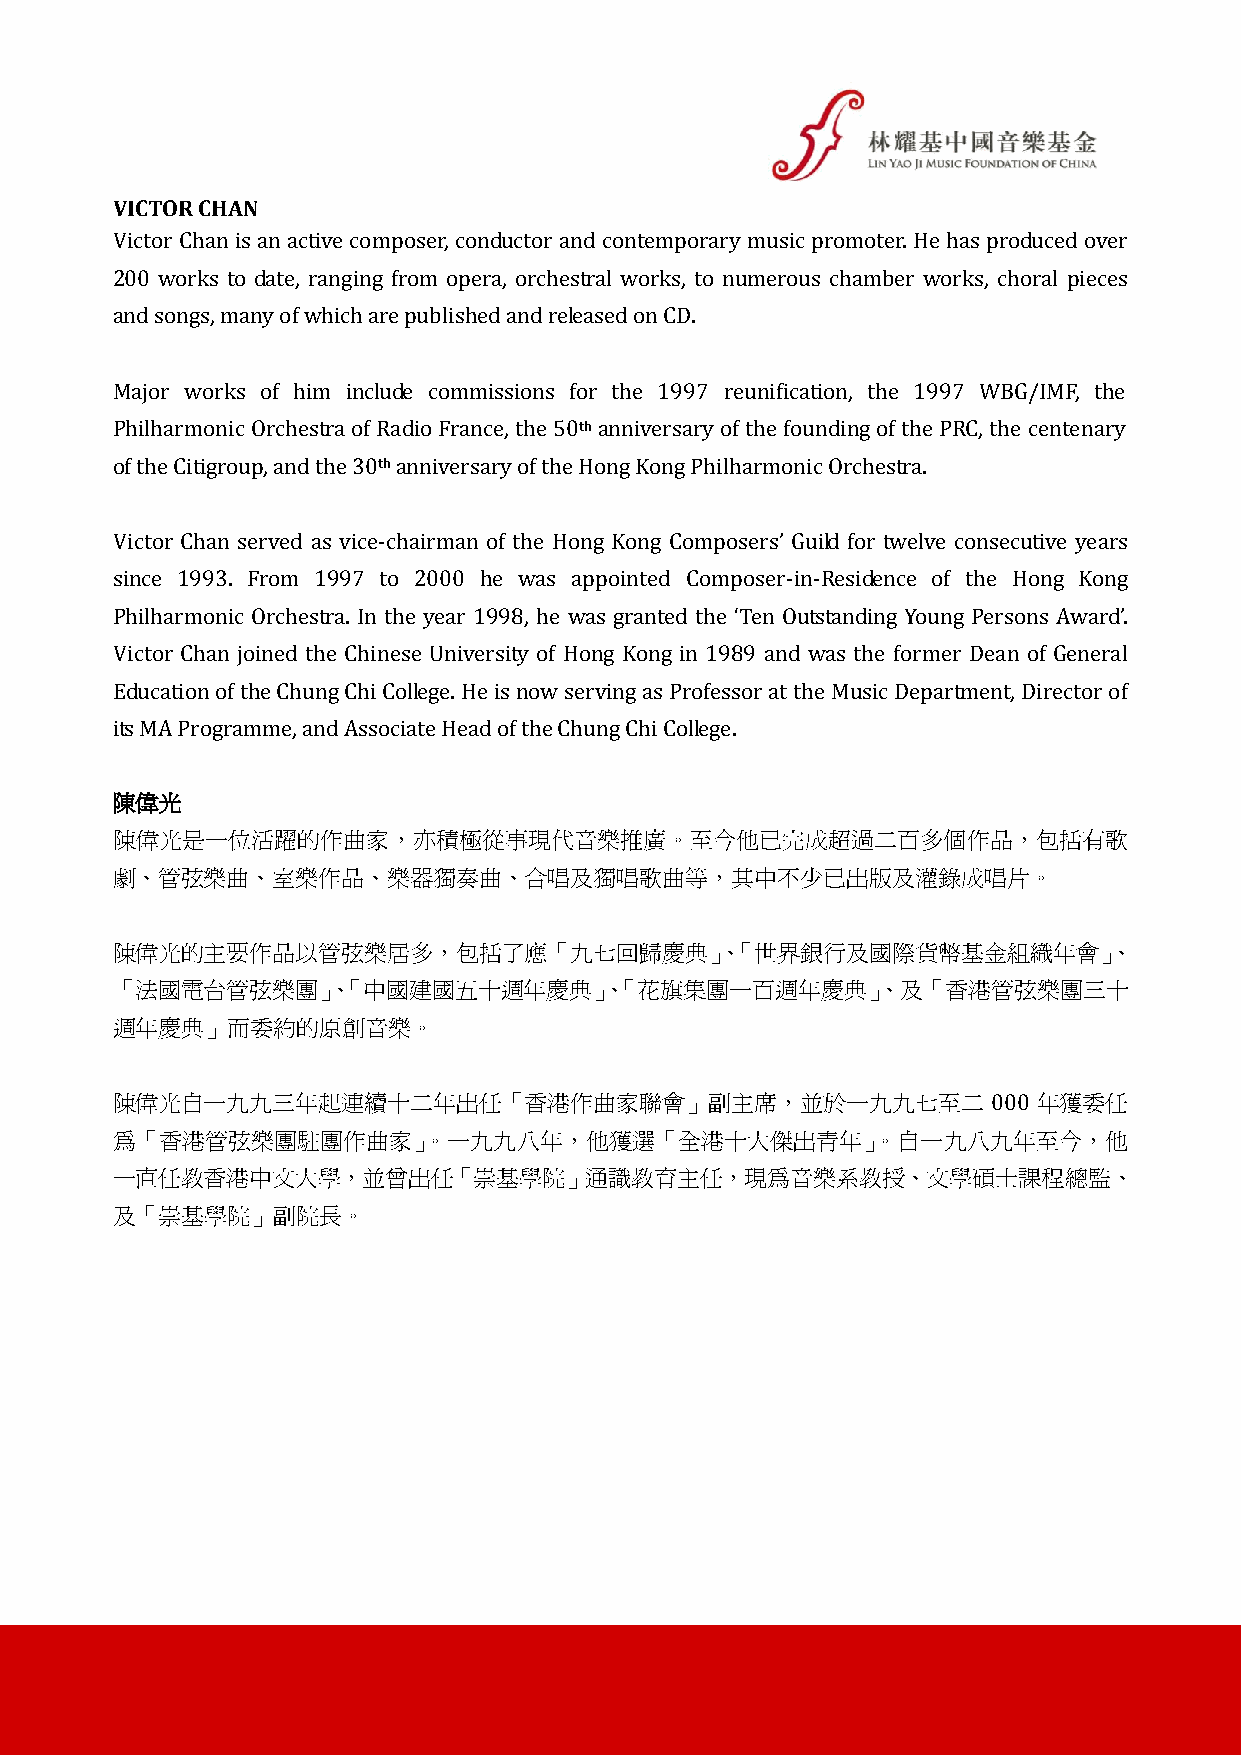
VICTOR CHAN
 Victor Chan is an active composer, conductor and contemporary music promoter. He has produced over
 200 works to date, ranging from opera, orchestral works, to numerous chamber works, choral pieces
 and songs, many of which are published and released on CD.
 Major works of him include commissions for the 1997 reunification, the 1997 WBG/IMF, the
 Philharmonic Orchestra of Radio France, the 50th anniversary of the founding of the PRC, the centenary
 of the Citigroup, and the 30th anniversary of the Hong Kong Philharmonic Orchestra.
 Victor Chan served as vice-chairman of the Hong Kong Composers’ Guild for twelve consecutive years
 since 1993. From 1997 to 2000 he was appointed Composer-in-Residence of the Hong Kong
 Philharmonic Orchestra. In the year 1998, he was granted the ‘Ten Outstanding Young Persons Award’.
 Victor Chan joined the Chinese University of Hong Kong in 1989 and was the former Dean of General
 Education of the Chung Chi College. He is now serving as Professor at the Music Department, Director of
 its MA Programme, and Associate Head of the Chung Chi College.
 陳偉光
 陳偉光是一位活躍的作曲家，亦積極從事現代音樂推廣。至今他已完成超過二百多個作品，包括有歌
 劇、管弦樂曲、室樂作品、樂器獨奏曲、合唱及獨唱歌曲等，其中不少已出版及灌錄成唱片。
 陳偉光的主要作品以管弦樂居多，包括了應「九七回歸慶典」、「世界銀行及國際貨幣基金組織年會」、
 「法國電台管弦樂團」、「中國建國五十週年慶典」、「花旗集團一百週年慶典」、及「香港管弦樂團三十
 週年慶典」而委約的原創音樂。
 陳偉光自一九九三年起連續十二年出任「香港作曲家聯會」副主席，並於一九九七至二                     000 年獲委任
 為「香港管弦樂團駐團作曲家」。一九九八年，他獲選「全港十大傑出青年」。自一九八九年至今，他
 一直任教香港中文大學，並曾出任「崇基學院」通識教育主任，現為音樂系教授、文學碩士課程總監、
 及「崇基學院」副院長。